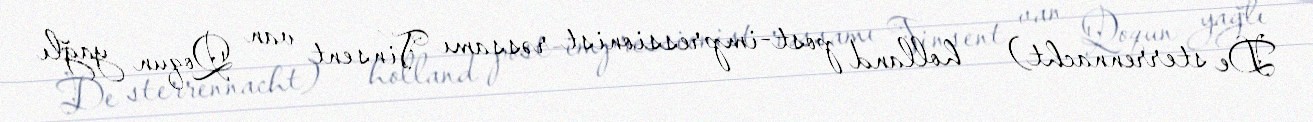
De sterrennacht) — holland post-impressionist rəssamı Vinsent van Qoqun yağlı